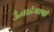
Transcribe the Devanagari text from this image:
ऊँचाईमापी